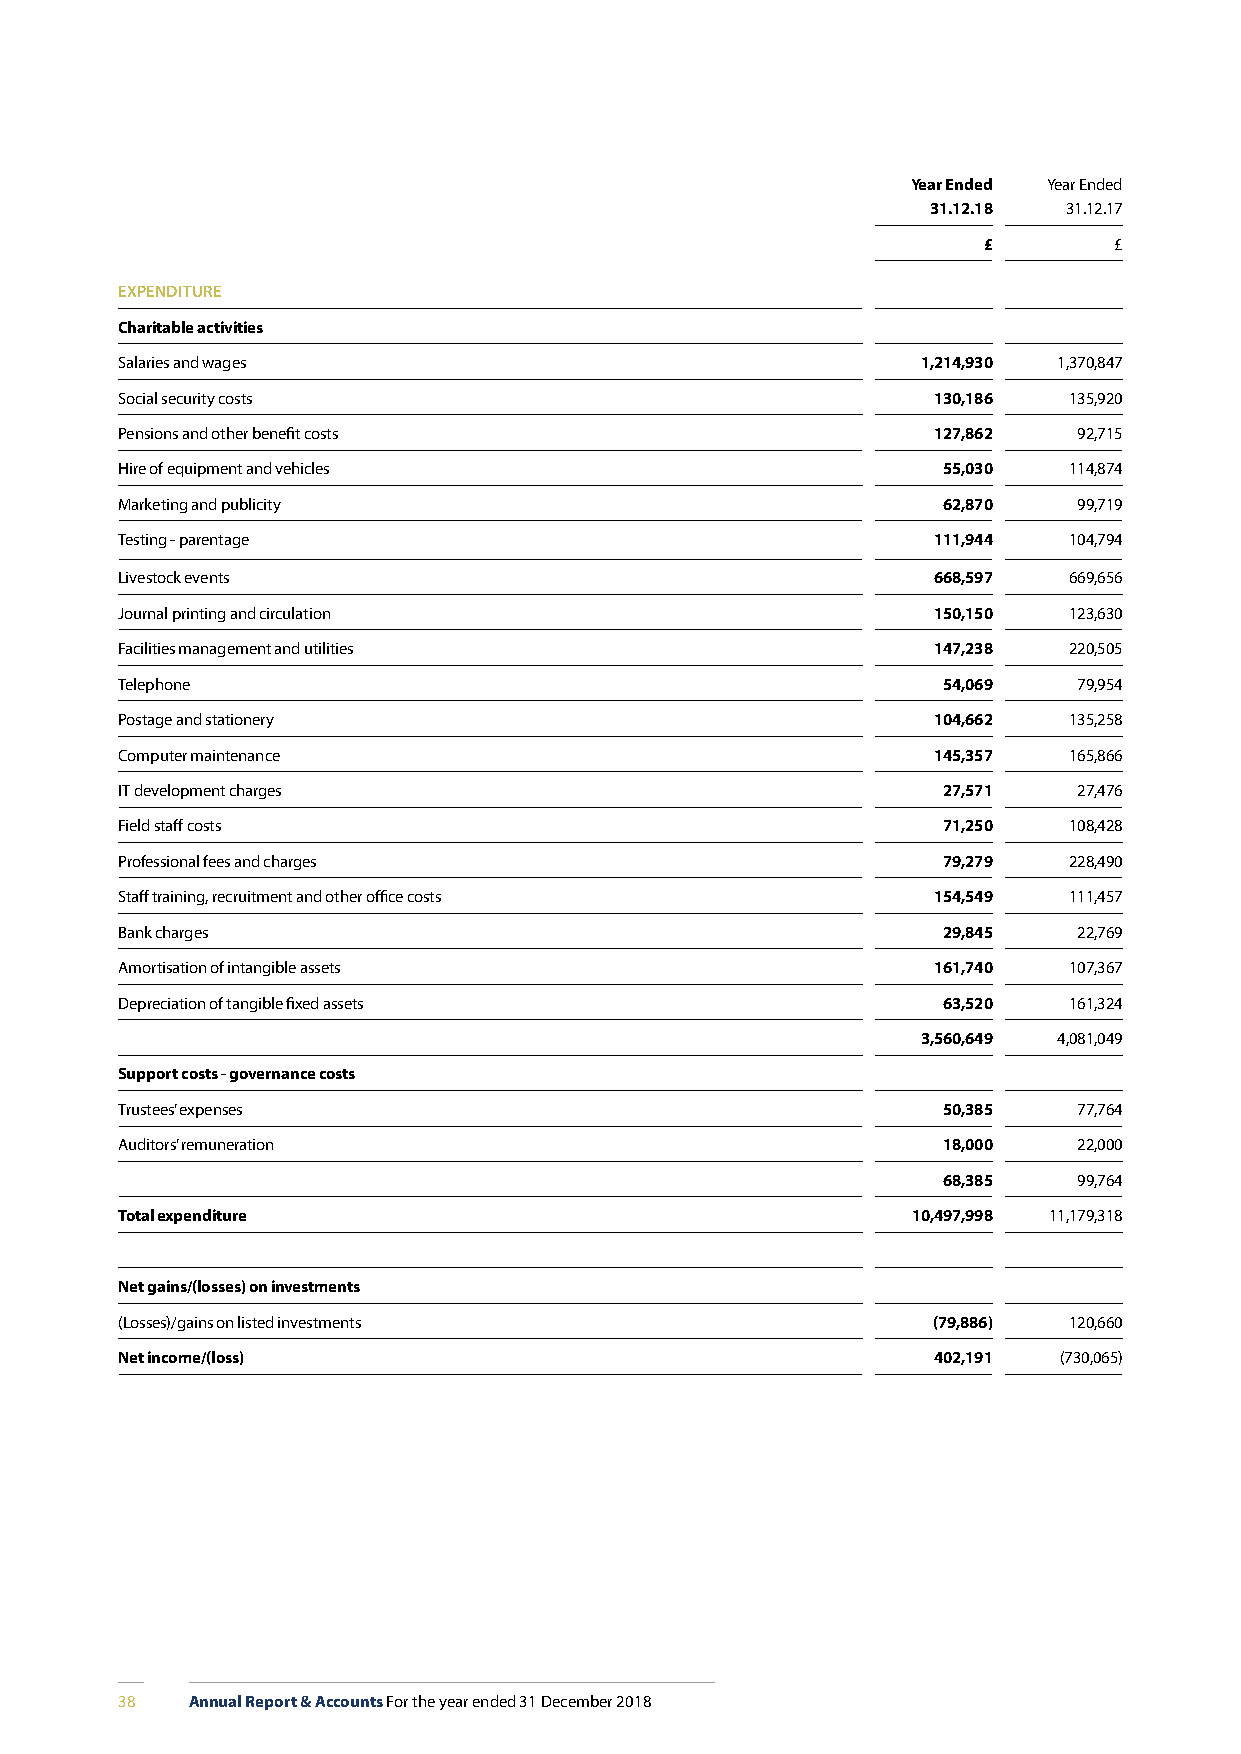
Year Ended Year Ended
 31.12.18 31.12.17
 £        £
 EXPENDITURE
 Charitable activities
 Salaries and wages                                   1,214,930 1,370,847
 Social security costs                                 130,186  135,920
 Pensions and other benefit costs                      127,862  92,715
 Hire of equipment and vehicles                        55,030   114,874
 Marketing and publicity                               62,870   99,719
 Testing - parentage                                   111,944  104,794
 Livestock events                                      668,597  669,656
 Journal printing and circulation                      150,150  123,630
 Facilities management and utilities                   147,238  220,505
 Telephone                                             54,069   79,954
 Postage and stationery                                104,662  135,258
 Computer maintenance                                  145,357  165,866
 IT development charges                                27,571   27,476
 Field staff costs                                     71,250   108,428
 Professional fees and charges                         79,279   228,490
 Staff training, recruitment and other office costs    154,549  111,457
 Bank charges                                          29,845   22,769
 Amortisation of intangible assets                     161,740  107,367
 Depreciation of tangible fixed assets                 63,520   161,324
 3,560,649 4,081,049
 Support costs - governance costs
 Trustees’ expenses                                    50,385   77,764
 Auditors’ remuneration                                18,000   22,000
 68,385   99,764
 Total expenditure                                   10,497,998 11,179,318
 Net gains/(losses) on investments
 (Losses)/gains on listed investments                  (79,886) 120,660
 Net income/(loss)                                     402,191 (730,065)
 38   Annual Report & Accounts For the year ended 31 December 2018